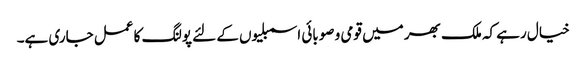
خیال رہے کہ ملک بھر میں قومی و صوبائی اسمبلیوں کے لئے پولنگ کا عمل جاری ہے۔